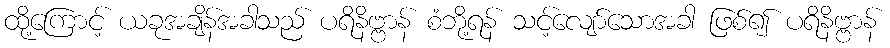
ထို့ကြောင့် ယခုအချိန်အခါသည် ပရိနိဗ္ဗာန် စံဘို့ရန် သင့်လျော်သောအခါ ဖြစ်၍ ပရိနိဗ္ဗာန်